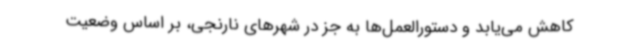
کاهش می‌یابد و دستورالعمل‌ها به جز در شهرهای نارنجی، بر اساس وضعیت